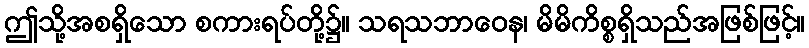
ဤသို့အစရှိသော စကားရပ်တို့၌။ သရသဘာဝေန၊ မိမိကိစ္စရှိသည်အဖြစ်ဖြင့်။